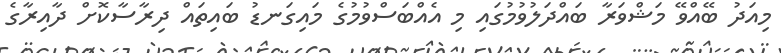
މިއަދު ބޭއްވޭ މަޝްވަރާ ބައްދަލުވުމުގައި މި އެއްބަސްވުމުގެ މައިގަނޑު ބައިތައް ދިރާސާކޮށް ދާއިރާގެ